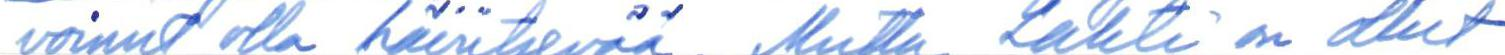
voinut olla häiritsevää. Mutta Lahti on ollut